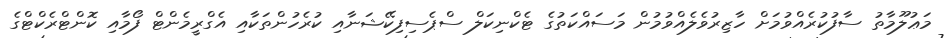
މަޢުލޫމާތު ސާފުކުރެއްވުމަށް ހާޒިރުވެލެއްވުމުން މަސައްކަތުގެ ޓެކްނިކަލް ސްޕެސިފިކޭޝަނާއި ކުރެހުންތަކާއި އެގްރީމެންޓް ފޯމާއި ކޮންޓްރެކްޓްގެ